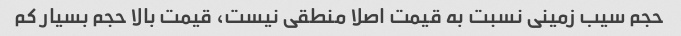
حجم سیب زمینی نسبت به قیمت اصلا منطقی نیست، قیمت بالا حجم بسیار کم